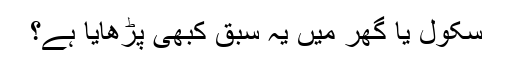
سکول یا گھر میں یہ سبق کبھی پڑھایا ہے؟